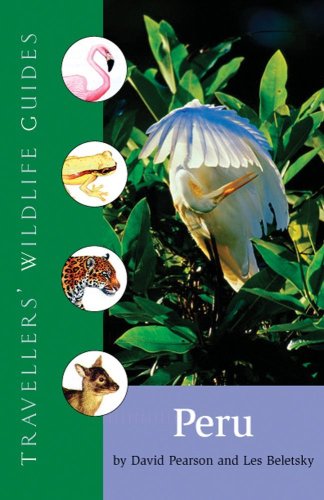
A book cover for Travellers' Wildlife Guides Peru; David L. Pearson; Sports & Outdoors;